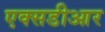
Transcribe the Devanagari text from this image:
एक्सडीआर